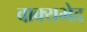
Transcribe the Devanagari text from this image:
वाक्यभेद